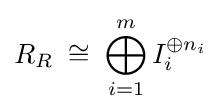
R_{R}\;\cong \;\bigoplus _{i=1}^{m}I_{i}^{\oplus n_{i}}